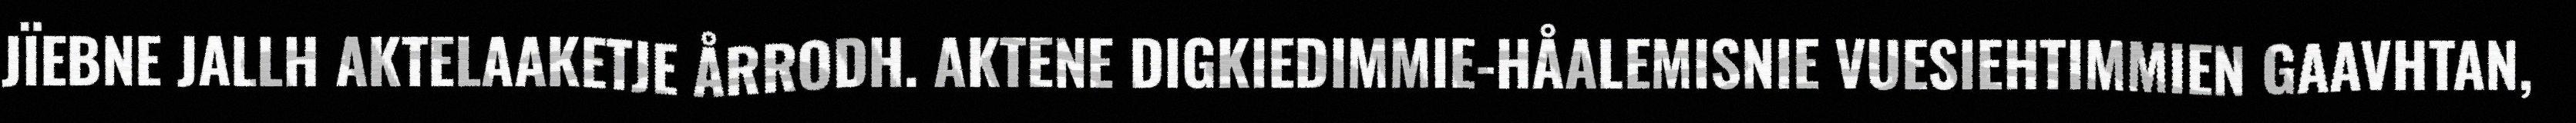
JÏEBNE JALLH AKTELAAKETJE ÅRRODH. AKTENE DIGKIEDIMMIE-HÅALEMISNIE VUESIEHTIMMIEN GAAVHTAN,